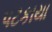
પટકાયા